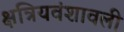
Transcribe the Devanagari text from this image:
क्षत्रियवंशावली